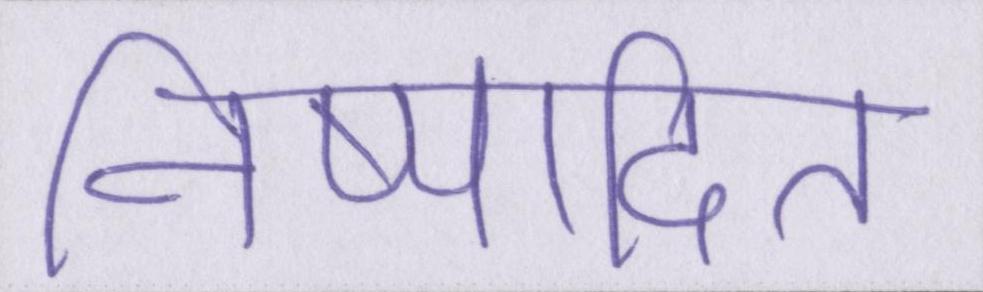
निष्पादित